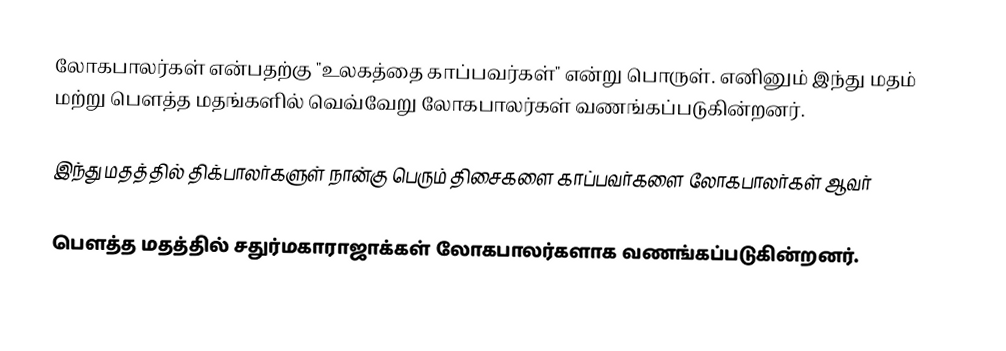
லோகபாலர்கள் என்பதற்கு "உலகத்தை காப்பவர்கள்" என்று பொருள். எனினும் இந்து மதம் மற்று பௌத்த மதங்களில் வெவ்வேறு லோகபாலர்கள் வணங்கப்படுகின்றனர்.

 இந்து மதத்தில் திக்பாலர்களுள் நான்கு பெரும் திசைகளை காப்பவர்களை லோகபாலர்கள் ஆவர்

 பௌத்த மதத்தில் சதுர்மகாராஜாக்கள் லோகபாலர்களாக வணங்கப்படுகின்றனர்.